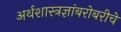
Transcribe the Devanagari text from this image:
अर्थशास्त्रज्ञांबरोबरीचे